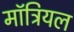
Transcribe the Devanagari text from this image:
मॉट्रियल